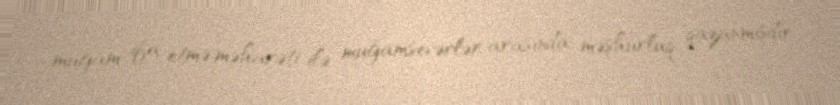
muğam ifa etmə məharəti ilə muğamsevərlər arasında məşhurluq qazanmışdır.